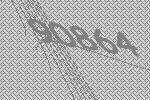
90864